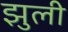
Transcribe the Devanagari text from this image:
झुली